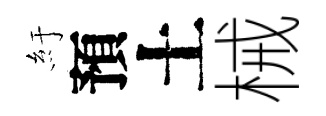
紆預土械